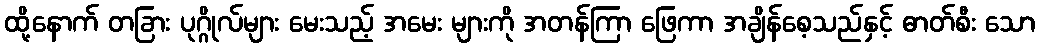
ထို့နောက် တခြား ပုဂ္ဂိုလ်များ မေးသည့် အမေး များကို အတန်ကြာ ဖြေကာ အချိန်စေ့သည်နှင့် ဓာတ်စီး သော